画像に写った文字を読んでください
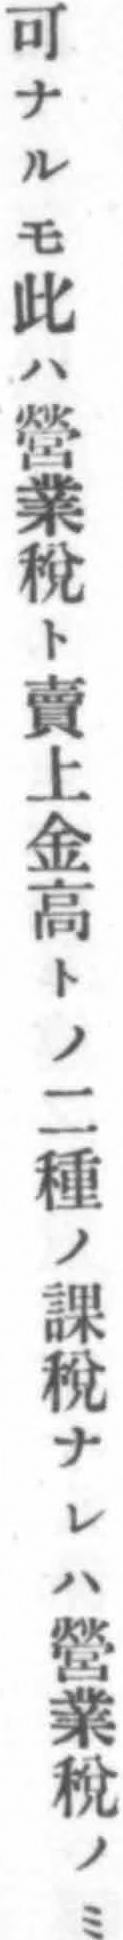
「可ナルモ此ハ營業稅ト賣上金高トノ二種ノ課稅ナレハ營業稅ノミ」と書いてあります